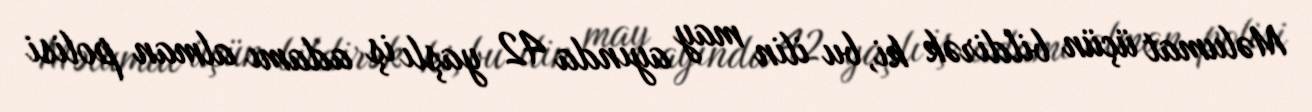
Məlumat üçün bildirək ki, bu ilin may ayında 42 yaşlı iş adamı alman polisi